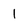
Character: 1